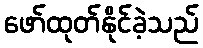
ဖော်ထုတ်နိုင်ခဲ့သည်